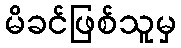
မိခင်ဖြစ်သူမှ